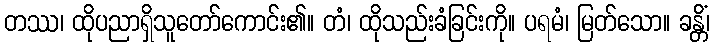
တဿ၊ ထိုပညာရှိသူတော်ကောင်း၏။ တံ၊ ထိုသည်းခံခြင်းကို။ ပရမံ၊ မြတ်သော။ ခန္တိံ၊